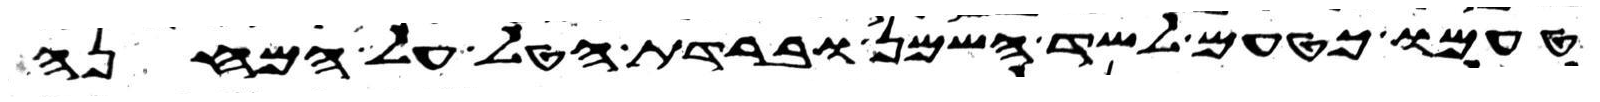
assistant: טעמו כטעם לשד השמן וברדת הטל על המחנה